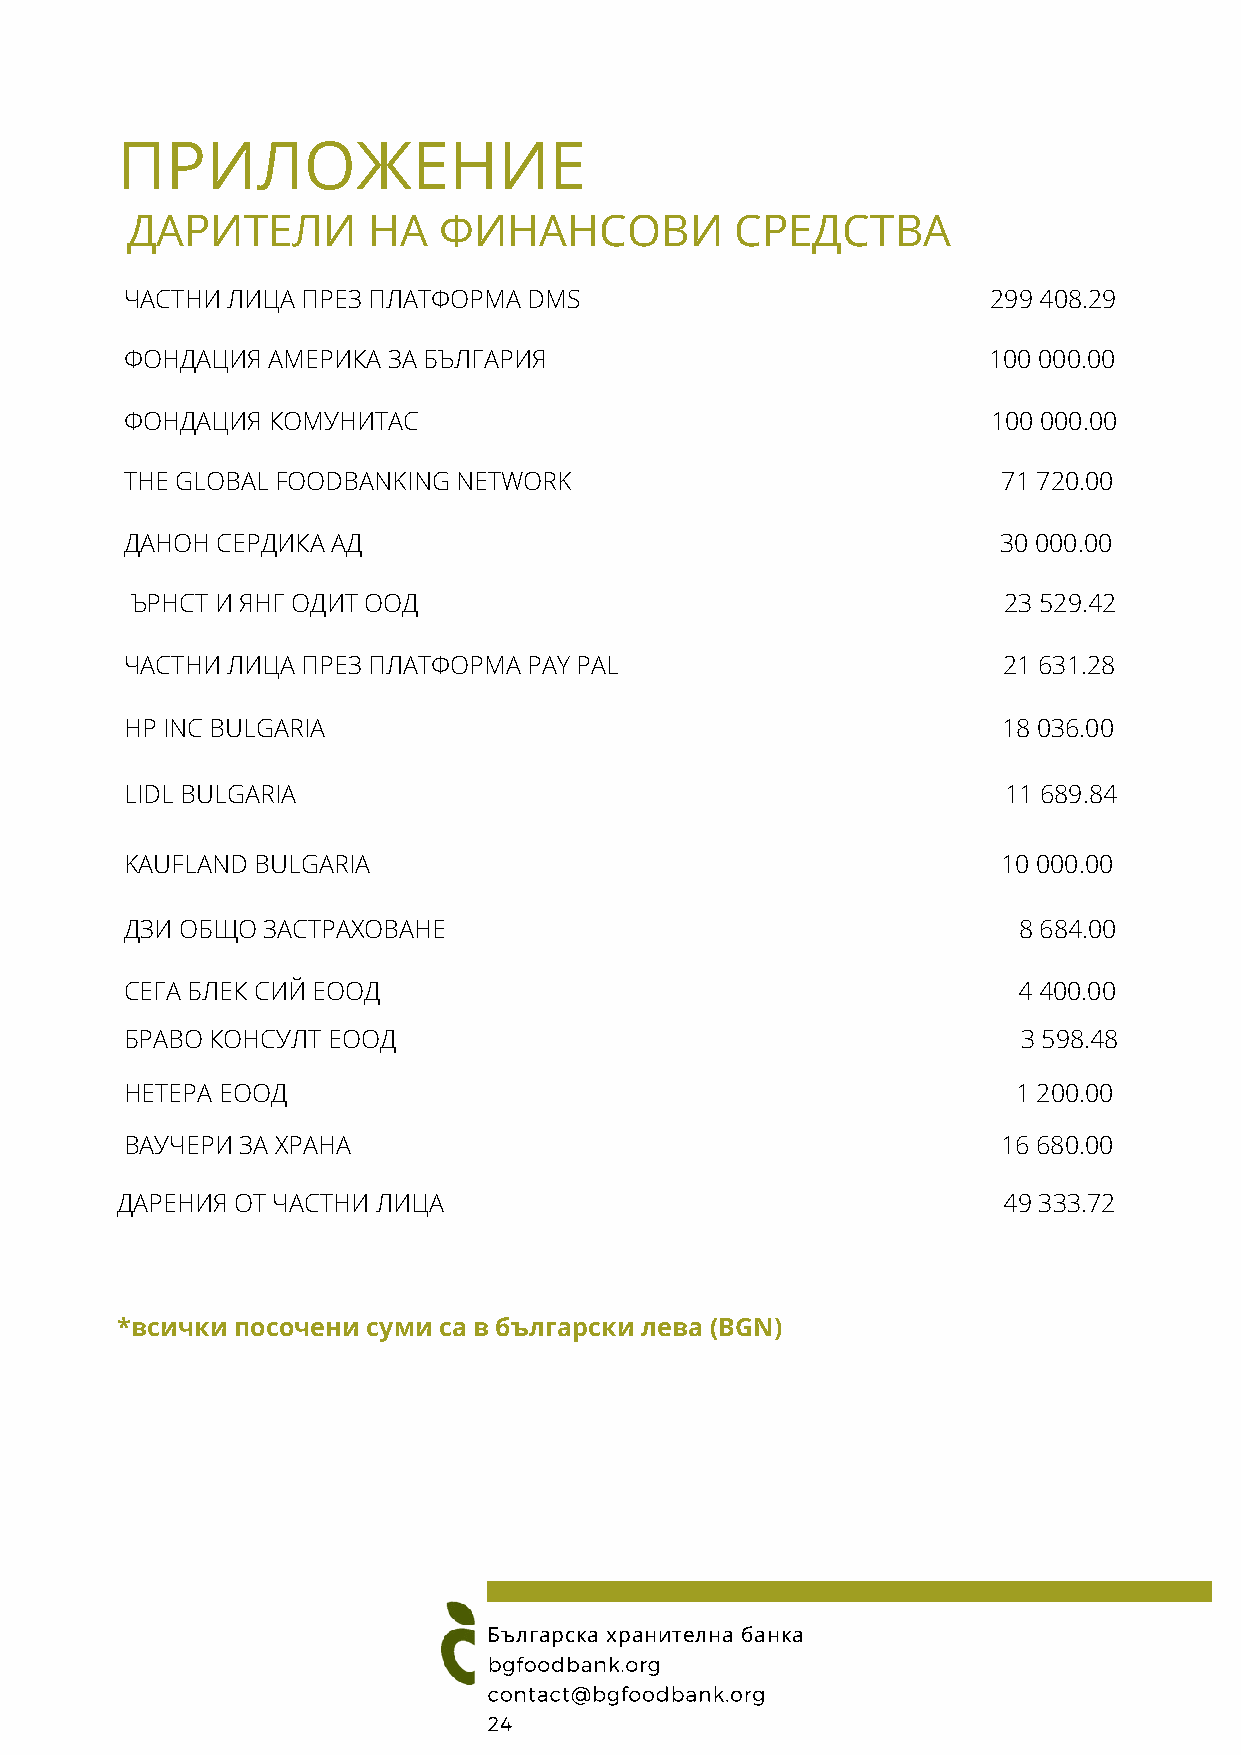
ПРИЛОЖЕНИЕ
 ДАРИТЕЛИ        НА   ФИНАНСОВИ           СРЕДСТВА
 ЧАСТНИ ЛИЦА ПРЕЗ ПЛАТФОРМА DMS                            299 408.29
 ФОНДАЦИЯ  АМЕРИКА ЗА БЪЛГАРИЯ                            100 000.00
 ФОНДАЦИЯ  КОМУНИТАС                                       100 000.00
 THE GLOBAL FOODBANKING NETWORK                            71 720.00
 ДАНОН СЕРДИКА АД                                          30 000.00
 ЪРНСТ И ЯНГ ОДИТ ООД                                     23 529.42
 ЧАСТНИ ЛИЦА ПРЕЗ ПЛАТФОРМА PAY PAL                        21 631.28
 HP INC BULGARIA                                           18 036.00
 LIDL BULGARIA                                              11 689.84
 KAUFLAND BULGARIA                                         10 000.00
 ДЗИ ОБЩО ЗАСТРАХОВАНЕ                                      8 684.00
 СЕГА БЛЕК СИЙ ЕООД                                         4 400.00
 БРАВО КОНСУЛТ ЕООД                                          3 598.48
 НЕТЕРА ЕООД                                                1 200.00
 ВАУЧЕРИ ЗА ХРАНА                                          16 680.00
 ДАРЕНИЯ ОТ ЧАСТНИ ЛИЦА                                    49 333.72
 *всички посочени суми са в български лева (BGN)
 Българска хранителна банка
 bgfoodbank.org
 contact@bgfoodbank.org
 24